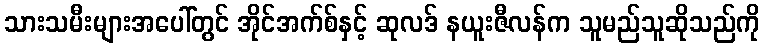
သားသမီးများအပေါ်တွင် အိုင်အက်စ်နှင့် ဆုလဒ် နယူးဇီလန်က သူမည်သူဆိုသည်ကို